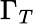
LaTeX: \Gamma_{T}